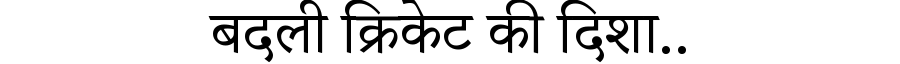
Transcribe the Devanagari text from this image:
बदली क्रिकेट की दिशा..